Vital statistics of India. Vol. V, Reports of 1876 on armies & jails and on epidemic cholera
Year: 1876
Disease focus: Cholera
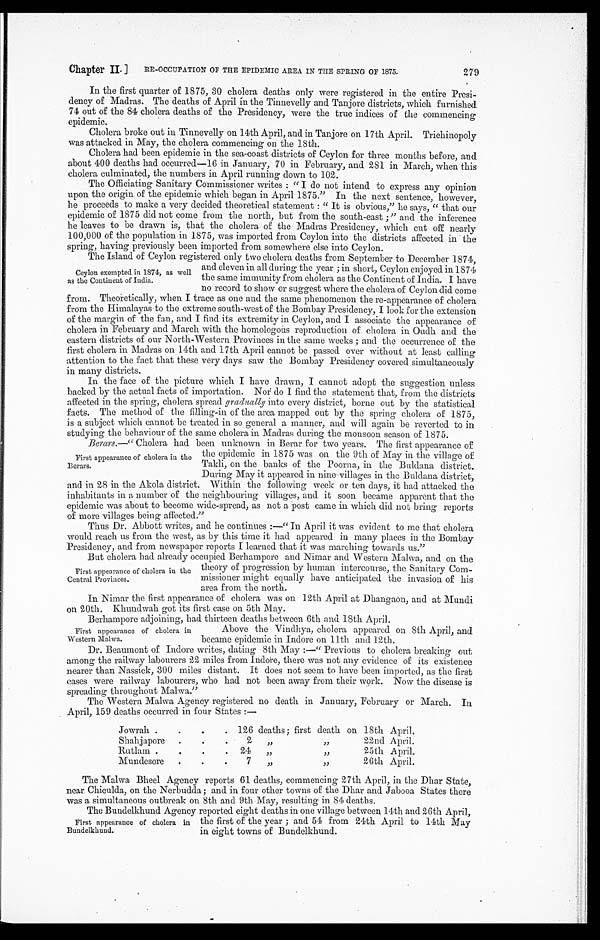
Chapter II.
RE-OCCUPATION OF THE EPIDEMIC AREA IN THE SPRING OF 1875.
279
In the first quarter of 1875, 30 cholera deaths only were registered in the entire Presi-
dency of Madras. The deaths of April in the Tinnevelly and Tanjore districts, which furnished
74 out of the 84 cholera deaths of the Presidency, were the true indices of the commencing
epidemic.
Cholera broke out in Tinnevelly on 14th April, and in Tanjore on 17th April. Trichinopoly
was attacked in May, the cholera commencing on the 18th.
Cholera had been epidemic in the sea-coast districts of Ceylon for three months before, and
about 400 deaths had occurred-16 in January, 70 in February, and 281 in March, when this
cholera culminated, the numbers in April running down to 102.
The Officiating Sanitary Commissioner writes : "I do not intend to express any opinion
upon the origin of the epidemic which began in April 1875." In the next sentence, however,
he proceeds to make a very decided theoretical statement : " It is obvious," he says, " that our
epidemic of 1875 did not come from the north, but from the south-east 3 " and the inference
he leaves to be drawn is, that the cholera of the Madras Presidency, which cut off nearly
100,000 of the population in 1875, was imported from Ceylon into the districts affected in the
spring, having previously been imported from somewhere else into Ceylon.
Ceylon exempted in1874, as well
as the Continent of India.
The Island of Ceylon registered only two cholera deaths from September to December 1874,
and eleven in all during the year ; in short, Ceylon enjoyed in 1874
the same immunity from cholera as the Continent of India. I have
n no record to show or suggest where the cholera of Ceylon did come
from. Theoretically, when I trace as one and the same phenomenon the re-appearance of cholera
from the Himalayas to the extreme south-west of the Bombay Presidency, I look for the extension
of the margin of the fan, and I find its extremity in Ceylon, and I associate the appearance of
cholera in February and March with the homologous reproduction of. cholera in Oudh and the
eastern districts of our North-Western Provinces in the same weeks ; and the occurrence of the
first cholera in Madras on 14th and 17th April cannot be passed over without at least calling
attention to the fact that these very days saw the Bombay Presidency- covered simultaneously
in many districts.
In the face of the picture which I have drawn, I cannot adopt the suggestion unless
backed by the actual facts of importation. No do I find the statement that, from the districts
affected in the spring, cholera spread gradually into every district, borne out by the statistical
facts. The method of the filling-in of the area mapped out by the spring cholera of 1875,
is a subject which cannot be treated in so general a manner, and will again be reverted to in
.
studying the behaviour of the same cholera in Madras during the monsoon season of 1875.
First appearance of cholera in the
Berars.
Berars.—" Cholera had been unknown in Berar for two years. The first appearance of
the epidemic in 1875 was on the 9th of May in the village of
T
akli, on the banks of the Poorna, in the Buldana district.
During May it appeared in nine-villages in the Buldana district,
and in 28 in the Akola district. Within the following week or ten days, it had attacked the
inhabitants in a number of the neighbouring villages, and it soon became apparent that the
epidemic was about to become wide-spread, as not a post came in which did not bring reports
of more villages being affected."
Thus Dr. Abbott writes, and be continues :—" In April it was evident to me that cholera
would reach us from the west, as by this time it had appeared in many places in the Bombay
Presidency, and from newspaper reports I learned that it was marching towards us."
First
appearance
of cholera in the
Central Provinces.
But cholera bad already occupied Berhampore and Nimar and Western Malwa, and on the
t
theory of progression by human intercourse, the Sanitary Com-
missioner might equally have anticipated the invasion of his
area from the north.
In Nimar the first appearance of cholera was on 12th April at Dhangaon, and at Mundi
on 20th. Khimdwah got its first case on 5th May.
First appearance of cholera in
Western Malwa.
Berhampore adjoining, had thirteen deaths between 6th and 18th April.
Above the Vindhya, cholera appeared on 8th April, and
became epidemic in Indore on 11th and 12th.
Dr. Beaumont of Indore writes, dating 8th May :—" Previous to cholera breaking out
among the railway labourers 22 miles from Indore, there was not any evidence of its existence
nearer than Nassick, 300 miles distant. It does not seem to have been imported, as the first
eases were railway labourers, who had not been away from their work. Now the disease is
spreading throughout Malwa."
The Western Malwa Agency registered no death in January, February or March. In
April, 159 deaths occurred in four States :—
Jowrah
.
126 deaths; first death on 18th April,
Shahjapor
.
2 "
"
22nd April.
Rutlam
24
„
25th April.
Mundesor
7
"
"
26th April.
The Malwa Bheel Agency reports 61 deaths, commencing 27th April, in the Dhar State,
near Chiculda, on the Nerbudda; and in four other towns of the Dhar and Jabooa States there
was a simultaneous outbreak on 8th and 9th May, resulting in 84 deaths.
First appearance of cholera in
Bundelkhund.
The Bundelkhund Agency reported eight deaths in one village between 14th and 26th April,
the first of the year ; and 54 from 24th April to 14th May
in eight towns of Bundelkhund.